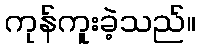
ကုန်ကူးခဲ့သည်။